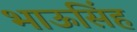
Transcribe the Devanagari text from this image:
भाऊसिंह